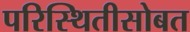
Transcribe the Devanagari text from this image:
परिस्थितीसोबत